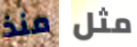
منذ مثل